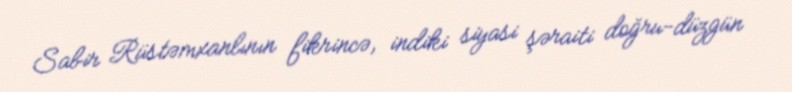
Sabir Rüstəmxanlının fikrincə, indiki siyasi şəraiti doğru-düzgün